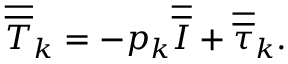
\overline { { \overline { { T } } } } _ { k } = - p _ { k } \overline { { \overline { { I } } } } + \overline { { \overline { { \tau } } } } _ { k } .